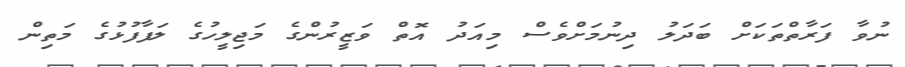
ނުވާ ފަރާތްތަކަށް ބަދަލު ދިނުމަށްވެސް މިއަދު އޮތް ވަޒީރުންގެ މަޖިލީހުގެ ލަފާފުޅުގެ މަތިން